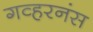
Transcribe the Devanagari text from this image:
गव्हरनंस